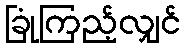
ခြုံကြည့်လျှင်